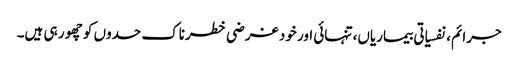
جرائم، نفسیاتی بیماریاں، تنہائی اور خود غرضی خطرناک حدوں کو چھو ر ہی ہیں۔